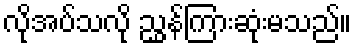
လိုအပ်သလို ညွှန်ကြားဆုံးမသည်။